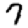
Digit: 7